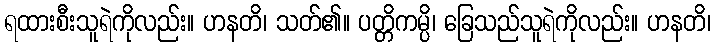
ရထားစီးသူရဲကိုလည်း။ ဟနတိ၊ သတ်၏။ ပတ္တိကမ္ပိ၊ ခြေသည်သူရဲကိုလည်း။ ဟနတိ၊